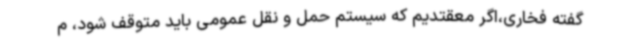
گفته فخاری،اگر معقتدیم که سیستم حمل و نقل عمومی باید متوقف شود، م